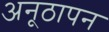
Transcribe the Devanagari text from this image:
अनूठापन